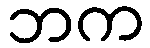
ဘက